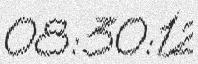
08:30:12